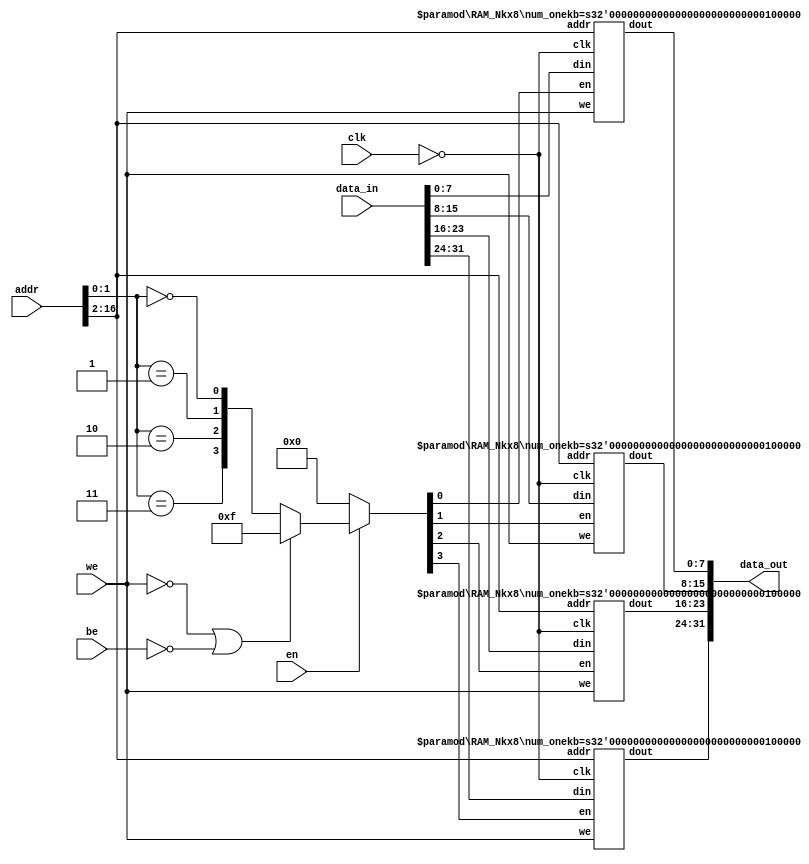
/**
  RAM blocks: allocate BRAM, 32 bit wide
  --
  Parameter: 'num_kbytes': the number of kBytes
  --
  Write:
    * the CPU always writes a 32 bits word to the data bus
      (see term 'assign outbus = ...' for CPU)
    * without 'be', the address is word-aligned
    * with 'be'
      * the byte is positioned at the correct byte-aligned address inside the 32 bit word on the bus
      * the other bits are zero
      * it's the reponsibility of this device to write only the byte to memory
  Read:
    * the CPU always reads 32 bits from a word-aligned address
    * the CPU will mask out and shift the byte, ie. 'be' is not relevant for reads
      (see term 'assign inbus1 = ...' for CPU)
  --
  (c) 2022 - 2023 Gray, gray@grayraven.org
  https://oberon-rts.org/licences
**/

`timescale 1ns / 1ps
`default_nettype none

module ramg5 #(parameter num_kbytes = 128) (
  input wire clk,
  input wire en,
  input wire we,
  input wire be,
  input wire [$clog2(num_kbytes*'h400)-1:0] addr,
  input wire [31:0] data_in,
  output wire [31:0] data_out
);

  localparam num_kwords = num_kbytes / 4;
  localparam addr_width = $clog2(num_kbytes*'h400);

  // (byte-wise) write enable (addr[1:0])
  // reads are always 32 bits, see above
  wire [1:0] addr10 = addr[1:0];
  wire [3:0] b_en = ~en ? 4'b0 : (~we | ~be) ? 4'b1111 : {addr10 == 2'b11, addr10 == 2'b10, addr10 == 2'b01, addr10 == 2'b00};

  // address bus for the RAM blocks, word-aligned
  wire [addr_width-1:2] addr4 = addr[addr_width-1:2];

  // four RAM blocks, each one byte wide, full capacity depth, in parallel
  RAM_Nkx8 #(.num_onekb(num_kwords)) ram_Nkx8_0 (.clk(~clk), .en(b_en[0]), .we(we), .addr(addr4), .din(data_in[7:0]), .dout(data_out[7:0]));
  RAM_Nkx8 #(.num_onekb(num_kwords)) ram_Nkx8_1 (.clk(~clk), .en(b_en[1]), .we(we), .addr(addr4), .din(data_in[15:8]), .dout(data_out[15:8]));
  RAM_Nkx8 #(.num_onekb(num_kwords)) ram_Nkx8_2 (.clk(~clk), .en(b_en[2]), .we(we), .addr(addr4), .din(data_in[23:16]), .dout(data_out[23:16]));
  RAM_Nkx8 #(.num_onekb(num_kwords)) ram_Nkx8_3 (.clk(~clk), .en(b_en[3]), .we(we), .addr(addr4), .din(data_in[31:24]), .dout(data_out[31:24]));

endmodule


/**
  One byte wide storage block.
  'num_onekb' defines the number of one-kB blocks.
**/

module RAM_Nkx8 #(parameter num_onekb = 32) (
  input wire clk,
  input wire we,
  input wire en,
  input wire [$clog2(num_onekb*'h400)-1:0] addr,
  input wire [7:0] din,
  output reg [7:0] dout
);

  localparam num_bytes = num_onekb * 'h400;

  reg [7:0] ram [0:num_bytes-1];

  always @(posedge clk) begin
    if (en) begin
      if (we) begin
        ram[addr] <= din;
      end
      else begin
        dout <= ram[addr];
      end
    end
  end

endmodule

`resetall